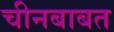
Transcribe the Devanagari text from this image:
चीनबाबत